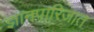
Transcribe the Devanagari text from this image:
ज्ञानपारिजात